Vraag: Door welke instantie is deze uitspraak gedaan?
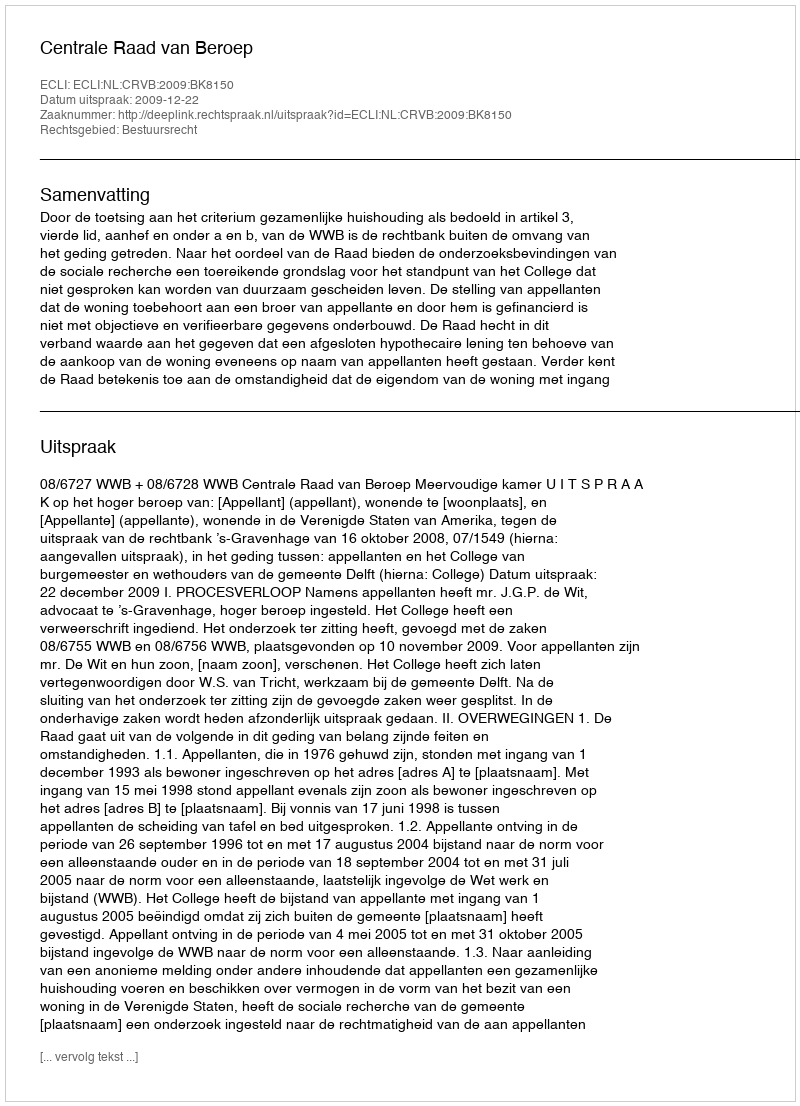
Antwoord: Centrale Raad van Beroep